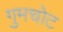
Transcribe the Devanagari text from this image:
गुमचोट